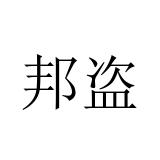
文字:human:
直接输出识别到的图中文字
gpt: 邦盗